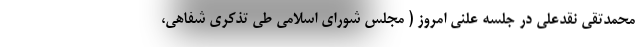
محمدتقی نقدعلی در جلسه علنی امروز ( مجلس شورای اسلامی طی تذکری شفاهی،